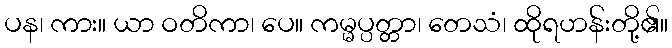
ပန၊ ကား။ ယာ ဝတိကာ၊ ပေ။ ကမ္မပ္ပတ္တာ၊ တေသံ၊ ထိုရဟန်းတို့၏။